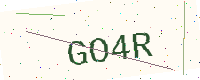
Text: GO4R